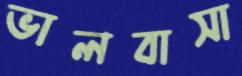
ভালবাসা